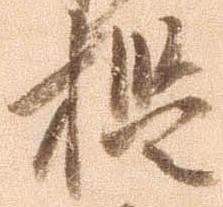
檻